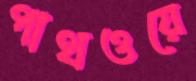
পাথওয়ে